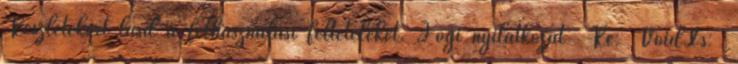
Részletekért lásd a felhasználási feltételeket. Jogi nyilatkozat Re: VoidXs: